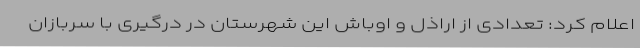
اعلام کرد: تعدادی از اراذل و اوباش این شهرستان در درگیری با سربازان